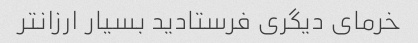
خرمای دیگری فرستادید بسیار ارزانتر